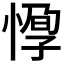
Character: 𢝼